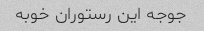
جوجه این رستوران خوبه